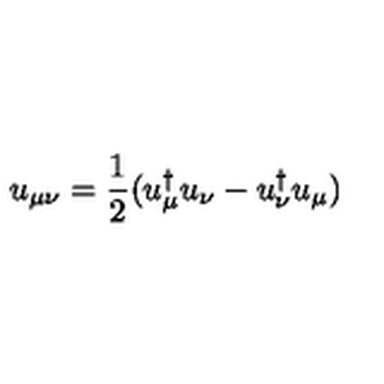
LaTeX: u _ { \mu \nu } = \frac { 1 } { 2 } ( u _ { \mu } ^ { \dagger } u _ { \nu } - u _ { \nu } ^ { \dagger } u _ { \mu } )